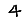
Digit: 4